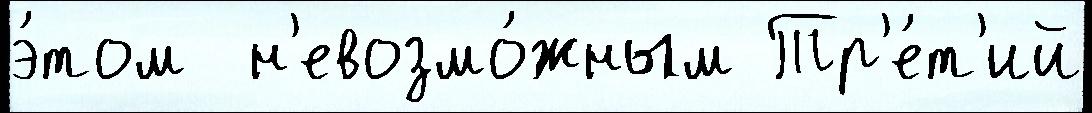
э́том  н'евозмо́жным Тр'е́т'ий